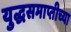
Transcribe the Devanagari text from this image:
युद्धसमाप्तीच्या